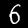
Digit: 6